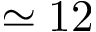
\simeq 1 2